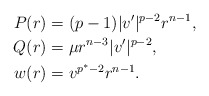
\begin{align*}P(r) &= (p-1) |v'|^{p-2} r^{n-1}, \\Q(r)& = \mu r^{n-3} |v'|^{p-2},\\w(r) & = v^{p^*-2}r^{n-1}.\end{align*}